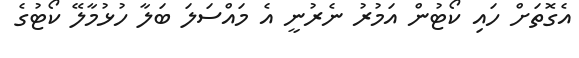
އެގޮތަށް ހައި ކޯޓުން އަމުރު ނެރުނީ އެ މައްސަލަ ބަލާ ހުޅުމާލޭ ކޯޓުގެ